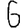
Digit: 6